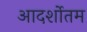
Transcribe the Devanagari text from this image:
आदर्शोतम